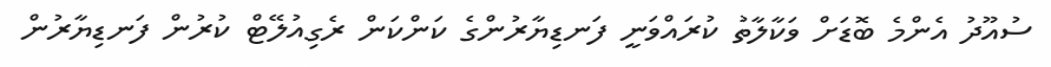
ސުއޫދު އެންމެ ބޮޑަށް ވަކާލާތު ކުރައްވަނީ ފަނޑިޔާރުންގެ ކަންކަން ރެގިއުލޭޓް ކުރުން ފަނޑިޔާރުން